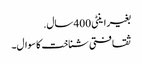
بغیر اینٹی 400 سال.
ثقافتی شناخت کا سوال۔